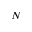
N